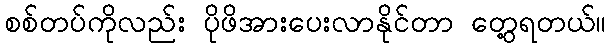
စစ်တပ်ကိုလည်း ပိုဖိအားပေးလာနိုင်တာ တွေ့ရတယ်။